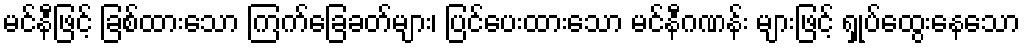
မင်နီဖြင့် ခြစ်ထားသော ကြက်ခြေခတ်များ၊ ပြင်ပေးထားသော မင်နီဂဏန်း များဖြင့် ရှုပ်ထွေးနေသော